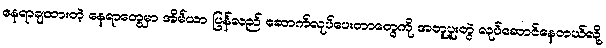
နေရာချထားတဲ့ နေရာတွေမှာ အိမ်ယာ ပြန်လည် ဆောက်လုပ်ပေးတာတွေကို အတူပူးတွဲ လုပ်ဆောင်နေတယ်လို့